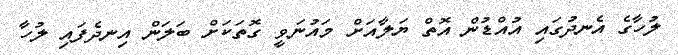
ލުހާގެ އެނދުގައި އުއްޑުން އޮތް ޔަލާއަށް މައުނަވީ ގޮތަކަށް ބަލަން އިނދެފައި ލުހާ